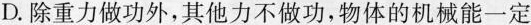
D.除重力做功外，其他力不做功，物体的机械能一定